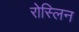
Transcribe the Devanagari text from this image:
रोस्लिन